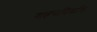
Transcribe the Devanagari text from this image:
वाहननिर्माण